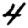
Digit: 4